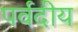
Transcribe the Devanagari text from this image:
पर्वदीय